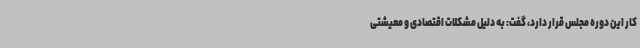
کار این دوره مجلس قرار دارد، گفت: به دلیل مشکلات اقتصادی و معیشتی